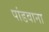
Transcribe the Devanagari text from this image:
पांडवाना